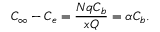
C _ { \infty } - C _ { e } = \frac { N q C _ { b } } { x Q } = \alpha C _ { b } .